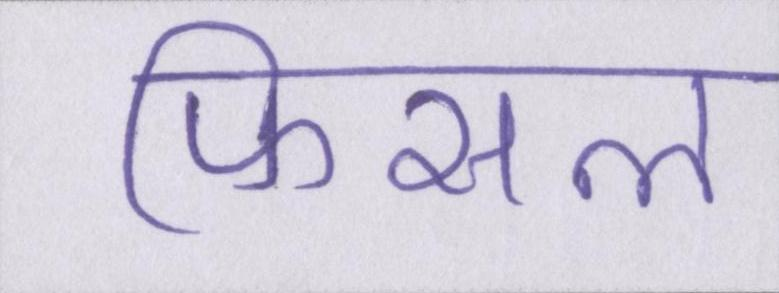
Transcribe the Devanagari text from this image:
फिसल